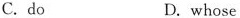
C.do D.whose